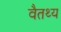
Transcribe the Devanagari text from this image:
वैतथ्य